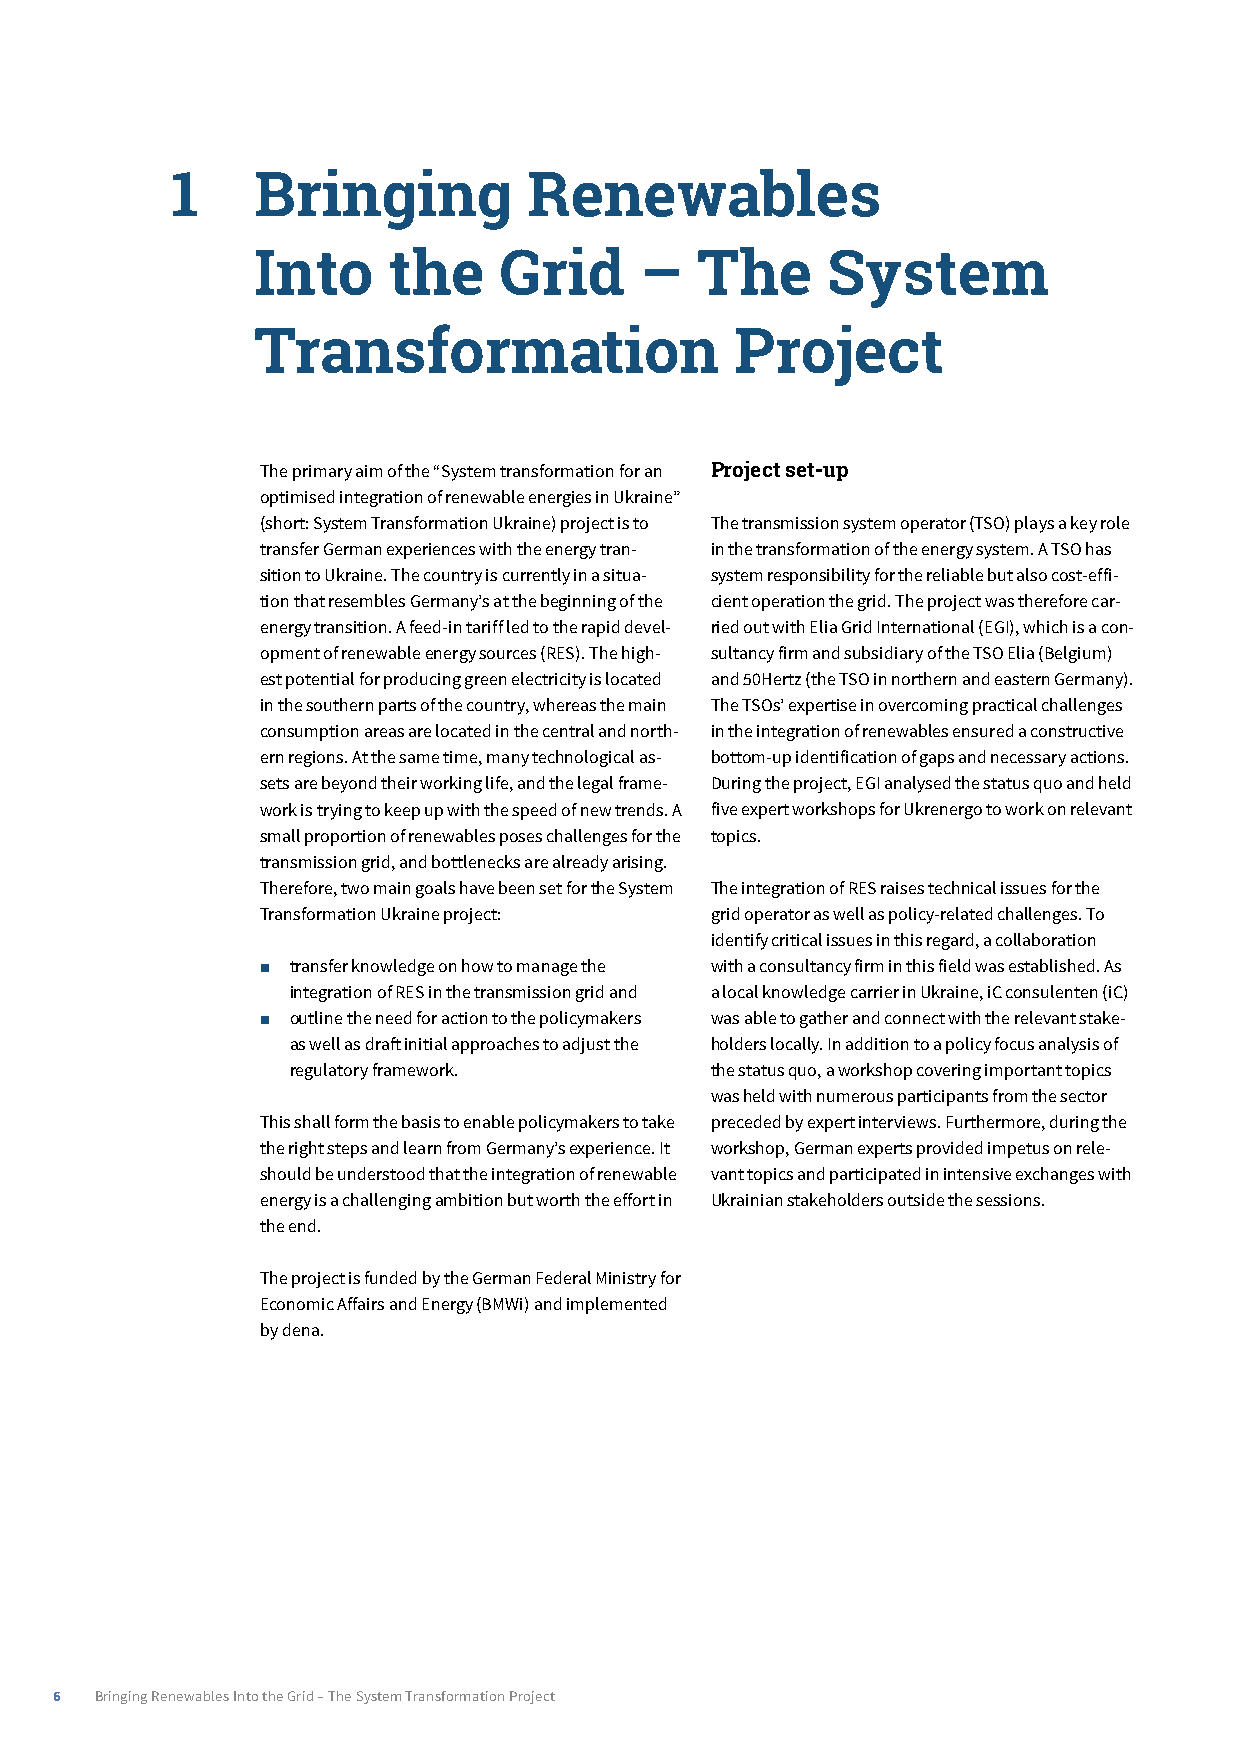
1­    ­Bringing­Renewables­
 Into­the        Grid­–­The­System­
 ­Transformation­Project
 The primary aim of the “System transformation for an Project­set-up
 optimised integration of renewable energies in Ukraine”
 (short: System Transformation Ukraine) project is to The transmission system operator (TSO) plays a key role
 transfer German experiences with the energy tran- in the transformation of the energy system. A TSO has
 sition to Ukraine. The country is currently in a situa- system responsibility for the reliable but also cost-effi-
 tion that resembles Germany’s at the beginning of the cient operation the grid. The project was therefore car-
 energy transition. A feed-in tariff led to the rapid devel- ried out with Elia Grid International (EGI), which is a con-
 opment of renewable energy sources (RES). The high- sultancy firm and subsidiary of the TSO Elia (Belgium)
 est potential for producing green electricity is located and 50Hertz (the TSO in northern and eastern Germany).
 in the southern parts of the country, whereas the main The TSOs’ expertise in overcoming practical challenges
 consumption areas are located in the central and north- in the integration of renewables ensured a constructive
 ern regions. At the same time, many technological as- bottom-up identification of gaps and necessary actions.
 sets are beyond their working life, and the legal frame- During the project, EGI analysed the status quo and held
 work is trying to keep up with the speed of new trends. A five expert workshops for Ukrenergo to work on relevant
 small proportion of renewables poses challenges for the topics.
 transmission grid, and bottlenecks are already arising.
 Therefore, two main goals have been set for the System The integration of RES raises technical issues for the
 Transformation Ukraine project: grid operator as well as policy-related challenges. To
 identify critical issues in this regard, a collaboration
 ■ transfer knowledge on how to manage the with a consultancy firm in this field was established. As
 integration of RES in the transmission grid and a local knowledge carrier in Ukraine, iC consulenten (iC)
 ■ outline the need for action to the policymakers was able to gather and connect with the relevant stake-
 as well as draft initial approaches to adjust the holders locally. In addition to a policy focus analysis of
 regulatory framework.       the status quo, a workshop covering important topics
 was held with numerous participants from the sector
 This shall form the basis to enable policymakers to take preceded by expert interviews. Furthermore, during the
 the right steps and learn from Germany’s experience. It workshop, German experts provided impetus on rele-
 should be understood that the integration of renewable vant topics and participated in intensive exchanges with
 energy is a challenging ambition but worth the effort in Ukrainian stakeholders outside the sessions.
 the end.
 The project is funded by the German Federal Ministry for
 Economic Affairs and Energy (BMWi) and implemented
 by dena.
 6 Bringing Renewables Into the Grid – The System Transformation Project